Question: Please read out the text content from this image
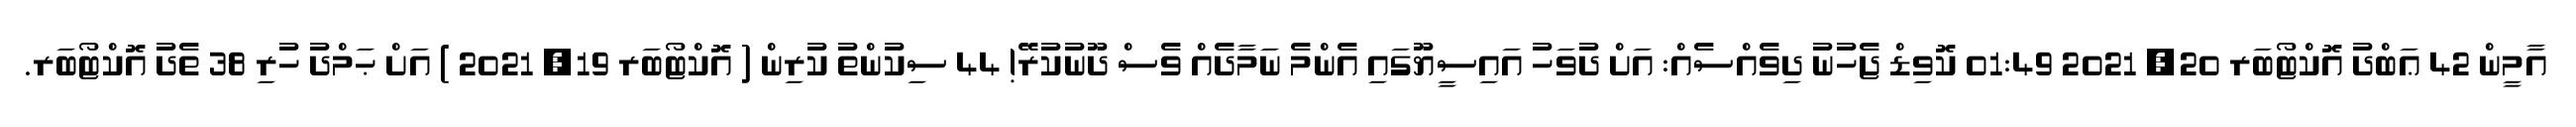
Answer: އާމީން 42 ޢަބްދު އޮކްޓޯބަރ 20, 2021 01:49 ކޮވިޑް ޖެހުނު ދިވެއްސެއް: އަށް ދުވަހު އައިސީޔޫގައި އެންމެ ނަމާދެއް ވެސް ދޫނުކުރޭ! 44 ސިކުންތު ކުރިން ( އޮކްޓޯބަރ 19, 2021 ) އަށް ޙަމްދު ހުރި 38 ތެދު އޮކްޓޯބަރ.